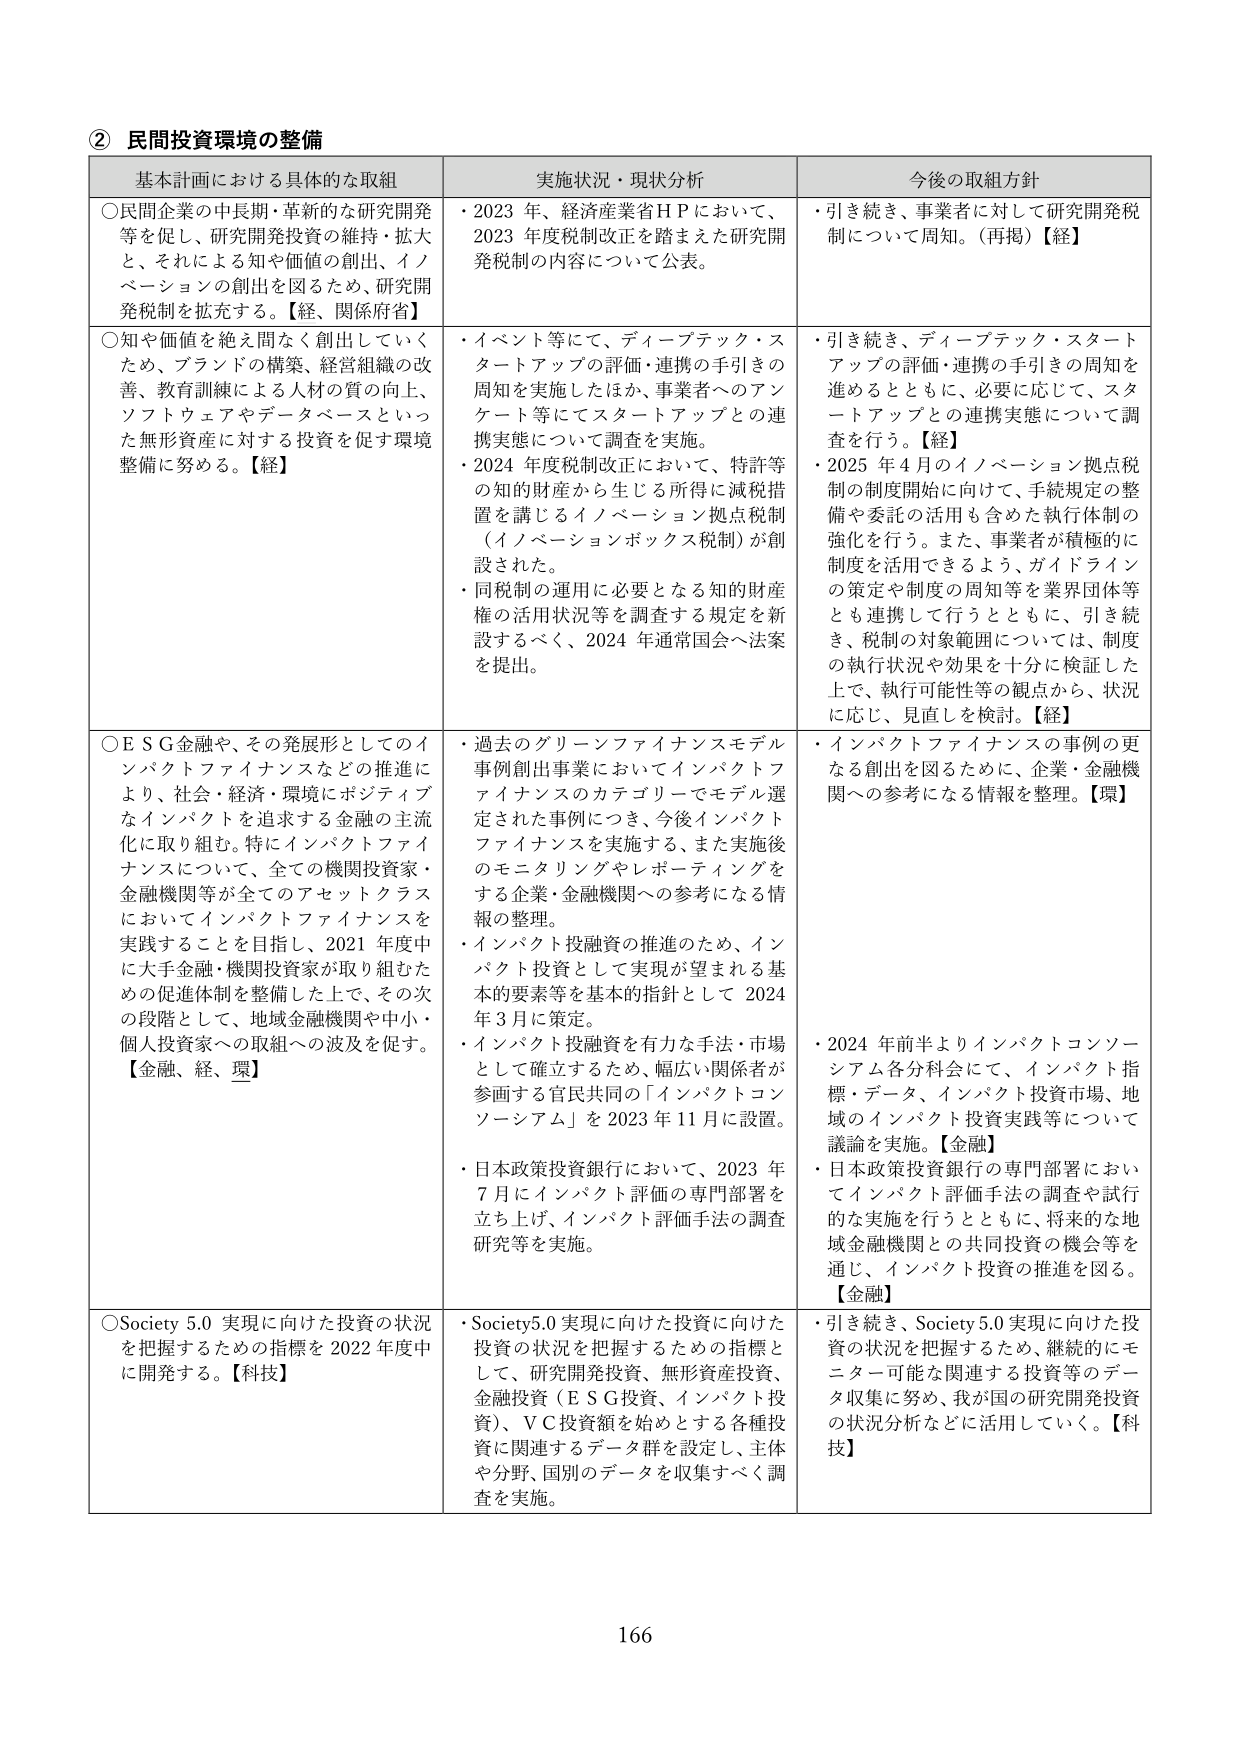
② 民間投資環境の整備

基本計画における具体的な取組 実施状況・現状分析 今後の取組方針

○民間企業の中長期・革新的な研究開発等を促し、研究開発投資の維持・拡大と、それによる知や価値の創出、イノベーションの創出を図るため、研究開発税制を拡充する。【経、関係府省】
・2023 年、経済産業省ＨＰにおいて、2023 年度税制改正を踏まえた研究開発税制の内容について公表。
・引き続き、事業者に対して研究開発税制について周知。（再掲）【経】

○知や価値を絶え間なく創出していくため、ブランドの構築、経営組織の改善、教育訓練による人材の質の向上、ソフトウェアやデータベースといった無形資産に対する投資を促す環境整備に努める。【経】
・イベント等にて、ディープテック・スタートアップの評価・連携の手引きの周知を実施したほか、事業者へのアンケート等にてスタートアップとの連携実態について調査を実施。
・2024 年度税制改正において、特許等の知的財産から生じる所得に減税措置を講じるイノベーション拠点税制（イノベーションボックス税制）が創設された。
・同税制の運用に必要となる知的財産権の活用状況等を調査する規定を新設するべく、2024 年通常国会へ法案を提出。
・引き続き、ディープテック・スタートアップの評価・連携の手引きの周知を進めるとともに、必要に応じて、スタートアップとの連携実態について調査を行う。【経】
・2025 年4月のイノベーション拠点税制の制度開始に向けて、手続規定の整備や委託の活用も含めた執行体制の強化を行う。また、事業者が積極的に制度を活用できるよう、ガイドラインの策定や制度の周知等を業界団体等とも連携して行うとともに、引き続き、税制の対象範囲については、制度の執行状況や効果を十分に検証した上で、執行可能性等の観点から、状況に応じ、見直しを検討。【経】

○ＥＳＧ金融や、その発展形としてのインパクトファイナンスなどの推進により、社会・経済・環境にポジティブなインパクトを追求する金融の主流化に取り組む。特にインパクトファイナンスについて、全ての機関投資家・金融機関等が全てのアセットクラスにおいてインパクトファイナンスを実践することを目指し、2021 年度中に大手金融・機関投資家が取り組むための促進体制を整備した上で、その次の段階として、地域金融機関や中小・個人投資家への取組への波及を促す。【金融、経、環】
・過去のグリーンファイナンスモデル事例創出事業においてインパクトファイナンスのカテゴリーでモデル選定された事例につき、今後インパクトファイナンスを実施する、また実施後のモニタリングやレポーティングをする企業・金融機関への参考になる情報の整理。
・インパクト投融资の推進のため、インパクト投資として実現が望まれる基本的要素等を基本的指針として 2024 年3月に策定。
・インパクト投資を有力な手法・市場として確立するため、幅広い関係者が参画する官民共同の「インパクトコンソーシアム」を 2023 年11月に設置。
・日本政策投資銀行において、2023 年7月にインパクト評価の専門部署を立ち上げ、インパクト評価手法の調査研究等を実施。
・インパクトファイナンスの事例の更なる創出を図るために、企業・金融機関への参考になる情報を整理。【環】
・2024 年前半よりインパクトコンソーシアム各分科会にて、インパクト指標・データ、インパクト投資市場、地域のインパクト投資実践等について議論を実施。【金融】
・日本政策投資銀行の専門部署においてインパクト評価手法の調査や試行的な実施を行うとともに、将来的な地域金融機関との共同投資の機会等を通じ、インパクト投資の推進を図る。【金融】

○Society 5.0 実現に向けた投資の状況を把握するための指標を 2022 年度中に開発する。【科技】
・Society5.0 実現に向けた投資に向けた投資の状況を把握するための指標として、研究開発投資、金融投資（ＥＳＧ投資、インパクト投資）、ＶＣ投資額を始めとする各種投資に関連するデータ群を設定し、主体や分野、国別のデータを収集すべく調査を実施。
・引き続き、Society 5.0 実現に向けた投資の状況を把握するため、継続的にモニター可能な関連する投資等のデータ収集に努め、我が国の研究開発投資の状況分析などに活用していく。【科技】

166